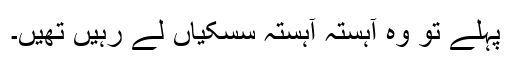
پہلے تو وہ آہستہ آہستہ سسکیاں لے رہیں تھیں۔